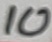
Text: 10